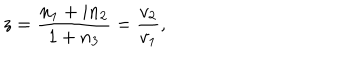
z = \frac { n _ { 1 } + i n _ { 2 } } { 1 + n _ { 3 } } = \frac { v _ { 2 } } { v _ { 1 } } ,